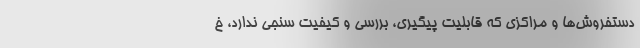
دستفروش‌ها و مراکزی که قابلیت پیگیری، بررسی و کیفیت سنجی ندارد، خ